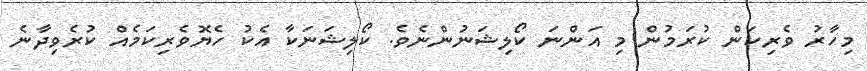
މިހާރު ވެރިކަން ކުރަމުން މި އަންނަ ކޯލިޝަނުންނެވެ. ކޯލިޝަނަކާ އެކު ހެޔޮވެރިކަމެއް ކުރެވިދާނެ